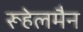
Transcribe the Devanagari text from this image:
रूहेलमैन